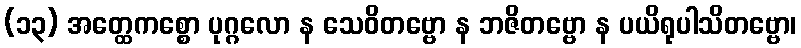
(၁၃) အတ္ထေကစ္စော ပုဂ္ဂလော န သေဝိတဗ္ဗော န ဘဇိတဗ္ဗော န ပယိရုပါသိတဗ္ဗော၊